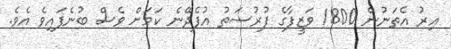
އިރު އެތަނުން 1800 ވަޒީފާގެ ފުރުސަތު އުފެދޭނެ ކަމަށް ވެސް ބުނެފައިވެ އެވެ.